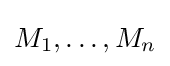
M_{1},\ldots ,M_{n}